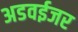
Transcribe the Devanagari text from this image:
अडवईजर